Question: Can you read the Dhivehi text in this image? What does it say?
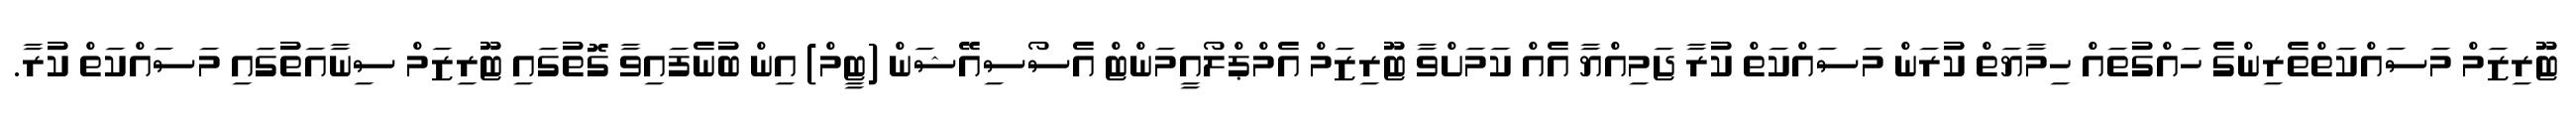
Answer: ޓޫރިޒަމް މަސައްކަތްތެރިންގެ ހައްގުތައް ހިމާޔަތް ކުރަން މަސައްކަތް ކުރާ ޖަމިއްޔާ އެއް ކަމަށްވާ ޓޫރިޒަމް އެމްޕްލޯއީމަންޓް އެސޯސިއޭޝަން (ޓީމް) އިން ބުނެފައިވާ ގޮތުގައި ޓޫރިޒަމް ސިނާއަތުގައި މަސައްކަތް ކުރާ.